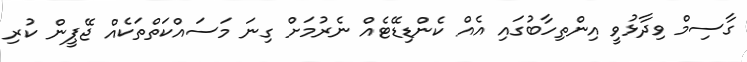
ގާސިމް ވިދާޅުވީ އިންތިހާބުގައި އެއް ކެންޑިޑޭޓެއް ނެރުމަށް ގިނަ މަސައްކަތްތަކެއް ޖޭޕީން ކުރި